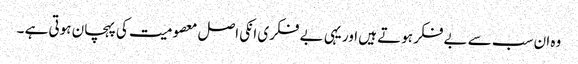
وہ ان سب سے بے فکر ہوتے ہیں اور یہی بے فکری انکی اصل معصومیت کی پہچان ہوتی ہے ۔